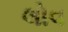
લોવ